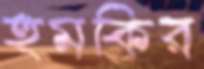
হুমকির